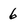
Character: 6